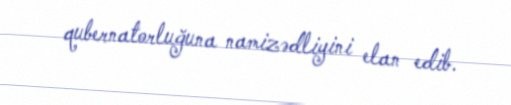
qubernatorluğuna namizədliyini elan edib.